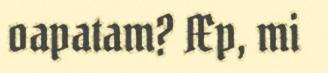
oapatam? Æp, mi